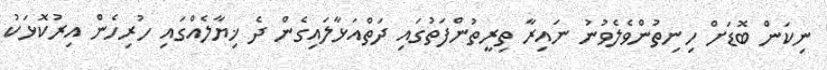
ނިކަން ބޮޑަށް ހިނިތުންވެލެވުނު ނައިރާ ތިރީތުންފަތުގައި ދަތްއަޅާލައިގެން ދެ ޚިޔާލެއްގައި ހުރިހެން އިރުކޮޅަކު